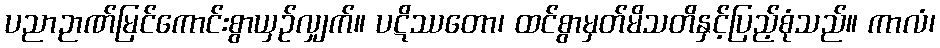
ပညာဉာဏ်မြင်ကောင်းစွာယှဉ်လျှက်။ ပဋိဿတော၊ ထင်စွာမှတ်မိသတိနှင့်ပြည့်စုံသည်။ ကာလံ၊